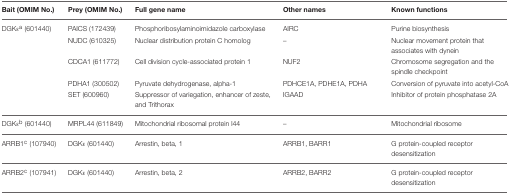
| Bait (OMIM No.) | Prey (OMIM No.) | Full gene name | Other names | Known functions |
 | --- | --- | --- | --- | --- |
 | DGKεa (601440) | PAICS (172439) | Phosphoribosylaminoimidazole carboxylase | AIRC | Purine biosynthesis |
 |  | NUDC (610325) | Nuclear distribution protein C homolog | – | Nuclear movement protein that associates with dynein |
 |  | CDCA1 (611772) | Cell division cycle-associated protein 1 | NUF2 | Chromosome segregation and the spindle checkpoint |
 |  | PDHA1 (300502) | Pyruvate dehydrogenase, alpha-1 | PDHCE1A, PDHE1A, PDHA | Conversion of pyruvate into acetyl-CoA |
 |  | SET (600960) | Suppressor of variegation, enhancer of zeste, and Trithorax | IGAAD | Inhibitor of protein phosphatase 2A |
 | DGKεb (601440) | MRPL44 (611849) | Mitochondrial ribosomal protein l44 | – | Mitochondrial ribosome |
 | ARRB1c (107940) | DGKε (601440) | Arrestin, beta, 1 | ARRB1, BARR1 | G protein-coupled receptor desensitization |
 | ARRB2c (107941) | DGKε (601440) | Arrestin, beta, 2 | ARRB2, BARR2 | G protein-coupled receptor desensitization |